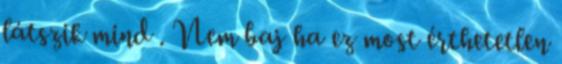
látszik mind . Nem baj ha ez most érthetetlen